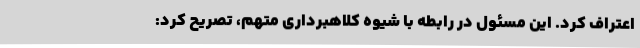
اعتراف کرد. این مسئول در رابطه با شیوه کلاهبرداری متهم، تصریح کرد: